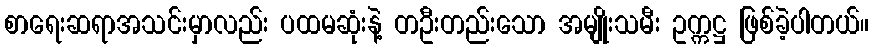
စာရေးဆရာအသင်းမှာလည်း ပထမဆုံးနဲ့ တဦးတည်းသော အမျိုးသမီး ဥက္ကဋ္ဌ ဖြစ်ခဲ့ပါတယ်။